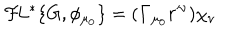
{ \cal F } \! L ^ { * } \{ G , \phi _ { \mu _ { 0 } } \} = ( { \bf \Gamma } _ { \mu _ { 0 } } r ^ { \nu } ) \chi _ { \nu }